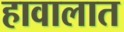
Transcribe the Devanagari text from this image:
हावालात